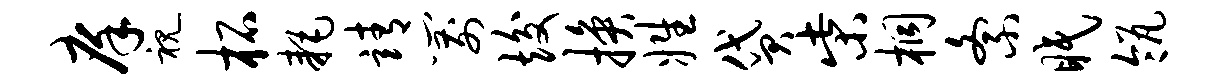
庠视柘耗靖箭竣换姓贷柴桐紊眠瓴